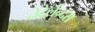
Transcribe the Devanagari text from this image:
नेदेर्लन्द्स